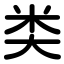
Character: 类